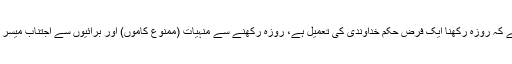
ظاہر ہے کہ روزہ رکھنا ایک فرض حکمِ خداوندی کی تعمیل ہے، روزہ رکھنے سے منہیات (ممنوع کاموں) اور برائیوں سے اجتناب میسر آئے گا۔